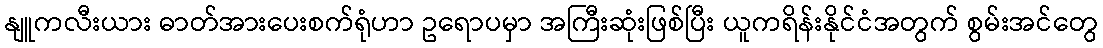
နျူကလီးယား ဓာတ်အားပေးစက်ရုံဟာ ဥရောပမှာ အကြီးဆုံးဖြစ်ပြီး ယူကရိန်းနိုင်ငံအတွက် စွမ်းအင်တွေ